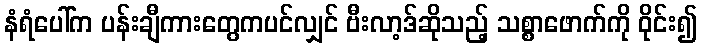
နံရံပေါ်က ပန်းချီကားတွေကပင်လျှင် ဗီးလာ့ဒ်ဆိုသည့် သစ္စာဖောက်ကို ဝိုင်း၍